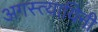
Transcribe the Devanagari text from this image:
अगस्त्यायिनी